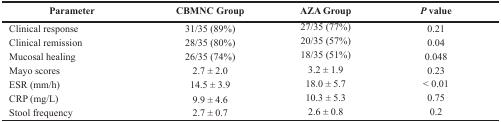
| Parameter | CBMNC Group | AZA Group | P value |
 | --- | --- | --- | --- |
 | Clinical response | 31/35 (89%) | 27/35 (77%) | 0.21 |
 | Clinical remission | 28/35 (80%) | 20/35 (57%) | 0.04 |
 | Mucosal healing | 26/35 (74%) | 18/35 (51%) | 0.048 |
 | Mayo scores | 2.7 ± 2.0 | 3.2 ± 1.9 | 0.23 |
 | ESR (mm/h) | 14.5 ± 3.9 | 18.0 ± 5.7 | < 0.01 |
 | CRP (mg/L) | 9.9 ± 4.6 | 10.3 ± 5.3 | 0.75 |
 | Stool frequency | 2.7 ± 0.7 | 2.6 ± 0.8 | 0.2 |